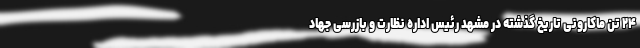
۲۴ تن ماکارونی تاریخ گذشته در مشهد رئیس اداره نظارت و بازرسی جهاد